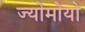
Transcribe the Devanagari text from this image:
ज्योमोयो